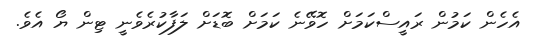
އެހެން ކަމުން ރައީސްކަމަށް ހޮވޭނެ ކަމަށް ބޮޑަށް ލަފާކުރެވެނީ ޓިން ޔޯ އެވެ.